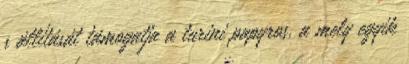
s állítását támogatja a turini papyros, a mely egyik